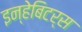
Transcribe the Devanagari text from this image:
इन्हेबिटर्स